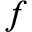
f